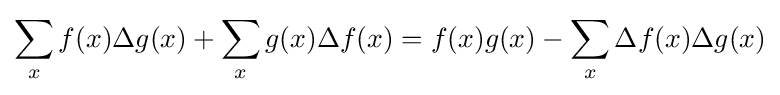
\sum _{x}f(x)\Delta g(x)+\sum _{x}g(x)\Delta f(x)=f(x)g(x)-\sum _{x}\Delta f(x)\Delta g(x)